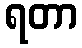
ရတာ